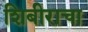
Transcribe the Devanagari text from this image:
शिबीराचा